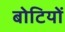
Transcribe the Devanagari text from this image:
बोटियों